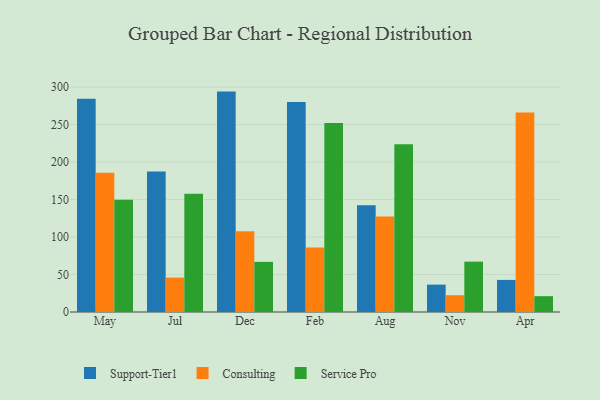
{"axis": {"x": "Month", "y": "Waste Production (Tons)"}, "legend": ["Consulting", "Service Pro", "Support-Tier1"], "data": [{"x": "May", "y": 284.6, "type": "Support-Tier1"}, {"x": "May", "y": 185.9, "type": "Consulting"}, {"x": "May", "y": 149.9, "type": "Service Pro"}, {"x": "Jul", "y": 187.4, "type": "Support-Tier1"}, {"x": "Jul", "y": 45.9, "type": "Consulting"}, {"x": "Jul", "y": 157.7, "type": "Service Pro"}, {"x": "Dec", "y": 294.0, "type": "Support-Tier1"}, {"x": "Dec", "y": 107.7, "type": "Consulting"}, {"x": "Dec", "y": 66.9, "type": "Service Pro"}, {"x": "Feb", "y": 280.2, "type": "Support-Tier1"}, {"x": "Feb", "y": 86.0, "type": "Consulting"}, {"x": "Feb", "y": 252.1, "type": "Service Pro"}, {"x": "Aug", "y": 142.3, "type": "Support-Tier1"}, {"x": "Aug", "y": 127.4, "type": "Consulting"}, {"x": "Aug", "y": 223.9, "type": "Service Pro"}, {"x": "Nov", "y": 36.5, "type": "Support-Tier1"}, {"x": "Nov", "y": 22.4, "type": "Consulting"}, {"x": "Nov", "y": 67.2, "type": "Service Pro"}, {"x": "Apr", "y": 42.8, "type": "Support-Tier1"}, {"x": "Apr", "y": 266.1, "type": "Consulting"}, {"x": "Apr", "y": 21.1, "type": "Service Pro"}]}